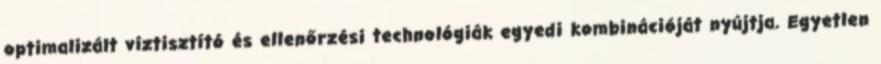
optimalizált víztisztító és ellenőrzési technológiák egyedi kombinációját nyújtja. Egyetlen